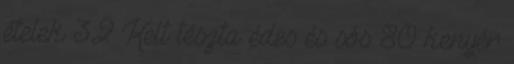
ételek 32 Kelt tészta édes és sós 80 kenyér